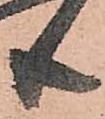
共